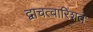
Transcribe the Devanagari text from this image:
द्वाचत्वारिंशत्